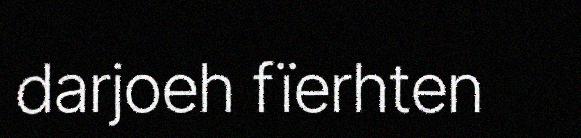
darjoeh fïerhten